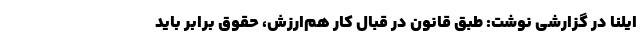
ایلنا در گزارشی نوشت: طبق قانون در قبال کارِ هم‌ارزش، حقوق برابر باید